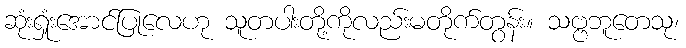
ဆုံးရှုံးအောင်ပြုလေဟု သူတပါးတို့ကိုလည်းမတိုက်တွန်း။ သဗ္ဗဘူတေသု၊